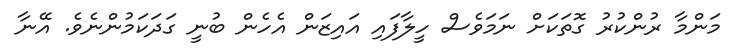
މަންމާ ރުންކުރު ގޮތަކަށް ނަމަވެސް ހީލާފައި އައިޒަން އެހެން ބުނީ ގަދަކަމުންނެވެ. އޭނާ